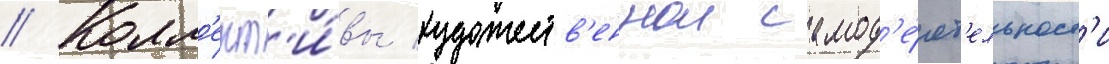
// Колл'ект'и́вы художеств'еннои самод'е́ят'ельност'и